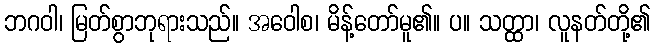
ဘဂဝါ၊ မြတ်စွာဘုရားသည်။ အဝေါစ၊ မိန့်တော်မူ၏။ ပ။ သတ္ထာ၊ လူနတ်တို့၏